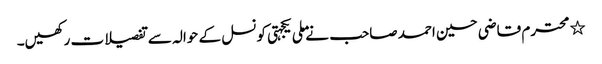
٭	محترم قاضی حسین احمد صاحب نے ملی یکجہتی کونسل کے حوالہ سے تفصیلات رکھیں۔